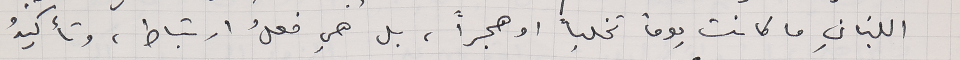
اللبناني ما كانت يوماً تخلباً او هجراً، بل هي فعلُ ارتباط، وتأكيدُ